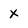
Character: x